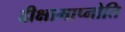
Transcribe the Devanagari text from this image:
दीक्षामाप्नोति